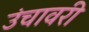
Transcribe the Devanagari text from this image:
उंचावरी